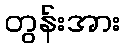
တွန်းအား